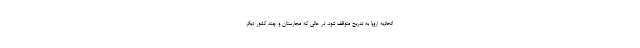
اتحادیه اروپا به تدریج متوقف شود، در حالی که مجارستان و چند کشور دیگر